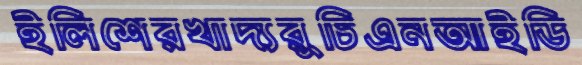
ইলিশেরখাদ্যরুচিএনআইডি